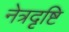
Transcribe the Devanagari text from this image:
नेत्रदृष्टि